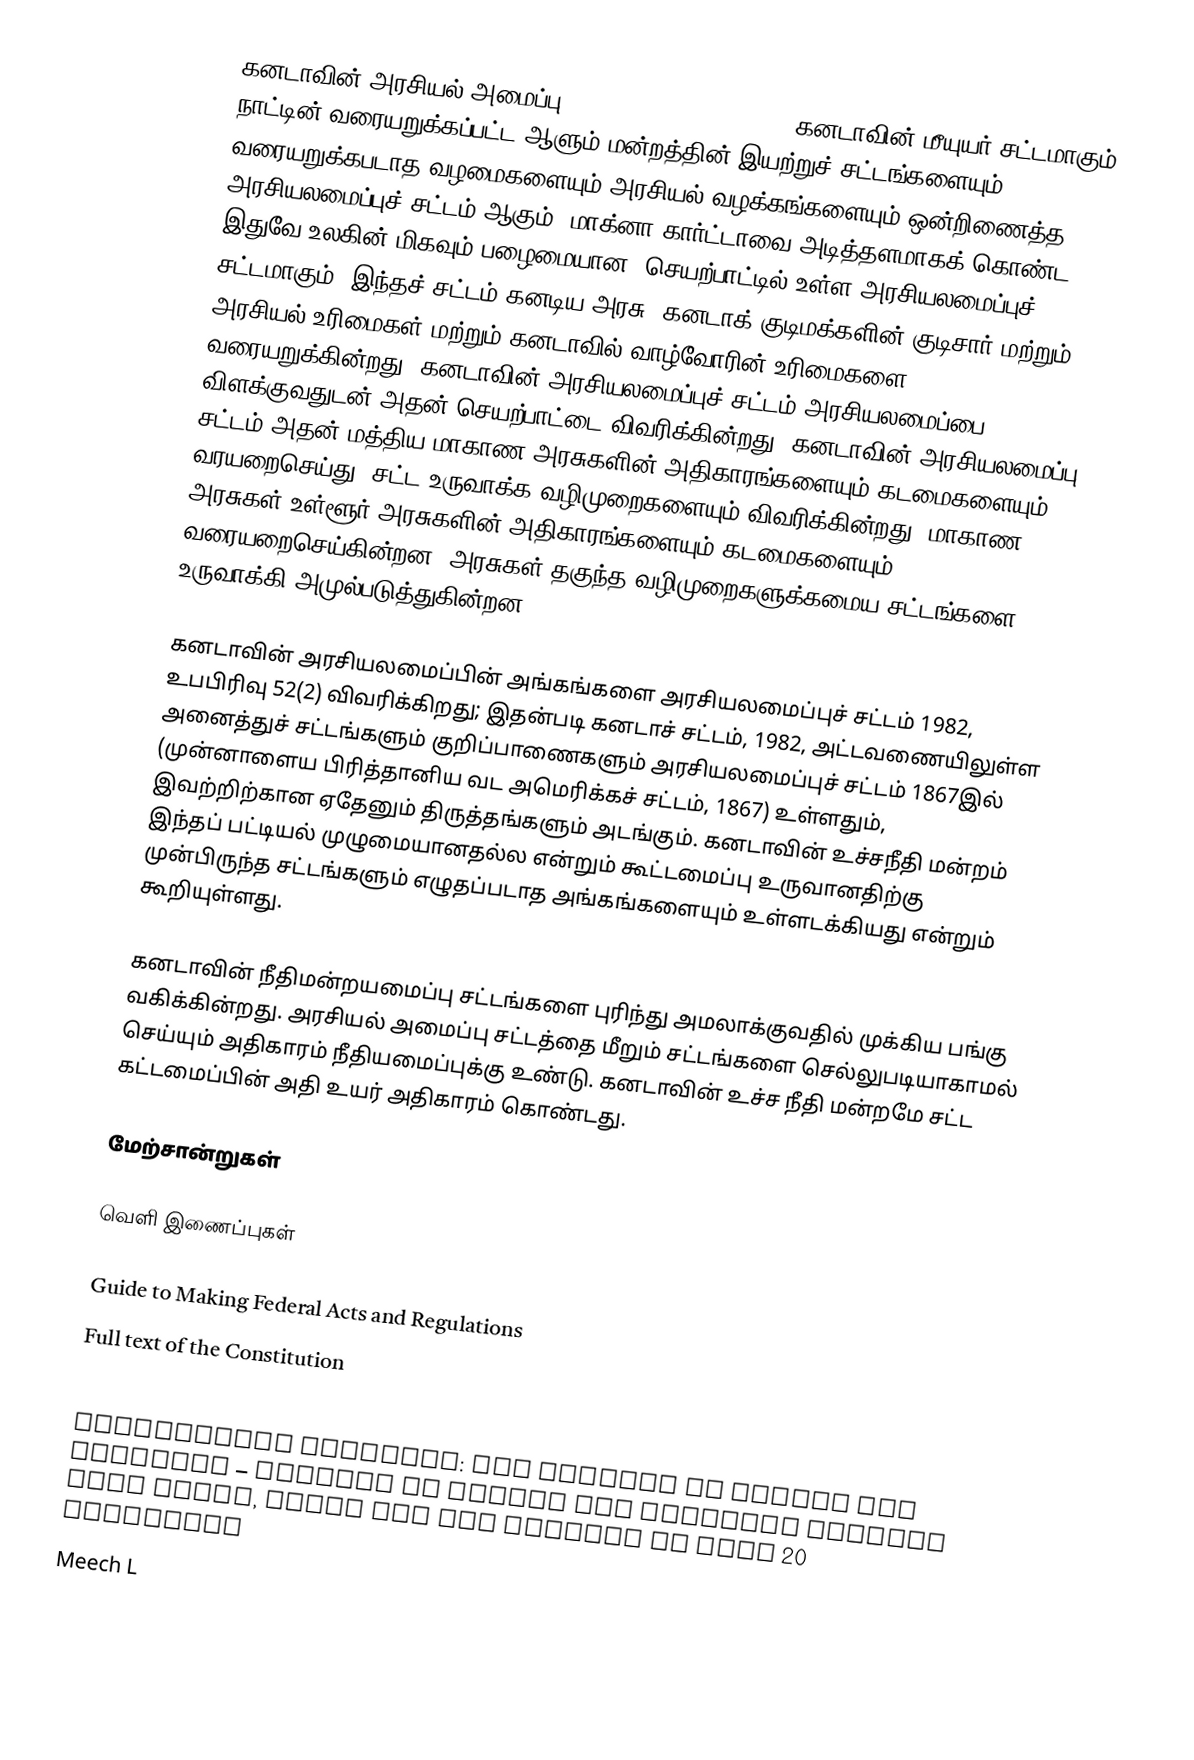
கனடாவின் அரசியல் அமைப்பு  (Constitution of Canada) கனடாவின் மீயுயர் சட்டமாகும்; நாட்டின் வரையறுக்கப்பட்ட ஆளும் மன்றத்தின் இயற்றுச் சட்டங்களையும் வரையறுக்கபடாத  வழமைகளையும் அரசியல் வழக்கங்களையும் ஒன்றிணைத்த அரசியலமைப்புச் சட்டம் ஆகும்.  மாக்னா கார்ட்டாவை அடித்தளமாகக் கொண்ட இதுவே உலகின் மிகவும் பழைமையான, செயற்பாட்டில் உள்ள அரசியலமைப்புச் சட்டமாகும். இந்தச் சட்டம் கனடிய அரசு, கனடாக் குடிமக்களின் குடிசார் மற்றும் அரசியல் உரிமைகள் மற்றும் கனடாவில் வாழ்வோரின் உரிமைகளை வரையறுக்கின்றது. கனடாவின் அரசியலமைப்புச் சட்டம் அரசியலமைப்பை விளக்குவதுடன் அதன் செயற்பாட்டை விவரிக்கின்றது.  கனடாவின் அரசியலமைப்பு சட்டம் அதன் மத்திய மாகாண அரசுகளின் அதிகாரங்களையும் கடமைகளையும் வரயறைசெய்து, சட்ட உருவாக்க வழிமுறைகளையும் விவரிக்கின்றது.  மாகாண அரசுகள் உள்ளூர் அரசுகளின் அதிகாரங்களையும் கடமைகளையும் வரையறைசெய்கின்றன.  அரசுகள் தகுந்த வழிமுறைகளுக்கமைய சட்டங்களை உருவாக்கி அமுல்படுத்துகின்றன.

கனடாவின் அரசியலமைப்பின் அங்கங்களை அரசியலமைப்புச் சட்டம் 1982, உபபிரிவு   52(2) விவரிக்கிறது; இதன்படி  கனடாச் சட்டம், 1982, அட்டவணையிலுள்ள அனைத்துச் சட்டங்களும் குறிப்பாணைகளும் அரசியலமைப்புச் சட்டம் 1867இல் (முன்னாளைய பிரித்தானிய வட அமெரிக்கச் சட்டம், 1867) உள்ளதும்,  இவற்றிற்கான ஏதேனும் திருத்தங்களும் அடங்கும்.  கனடாவின் உச்சநீதி மன்றம் இந்தப் பட்டியல் முழுமையானதல்ல என்றும் கூட்டமைப்பு உருவானதிற்கு முன்பிருந்த சட்டங்களும் எழுதப்படாத அங்கங்களையும் உள்ளடக்கியது என்றும்  கூறியுள்ளது.

கனடாவின் நீதிமன்றயமைப்பு சட்டங்களை புரிந்து அமலாக்குவதில் முக்கிய பங்கு வகிக்கின்றது.  அரசியல் அமைப்பு சட்டத்தை மீறும் சட்டங்களை செல்லுபடியாகாமல் செய்யும் அதிகாரம் நீதியமைப்புக்கு உண்டு.  கனடாவின் உச்ச நீதி மன்றமே சட்ட கட்டமைப்பின் அதி உயர் அதிகாரம் கொண்டது.

மேற்சான்றுகள்

வெளி இணைப்புகள்

 Guide to Making Federal Acts and Regulations
 Full text of the Constitution
 Canada in the Making – a comprehensive history of the Canadian Constitution with digitized primary sources.
 Fundamental Freedoms: The Charter of Rights and Freedoms – Charter of Rights and Freedoms website with video, audio and the Charter in over 20 languages
 Meech L